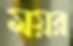
ময়র